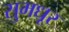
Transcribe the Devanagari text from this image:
सुमधूर